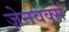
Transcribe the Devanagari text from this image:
ज़ेनवर्क्स